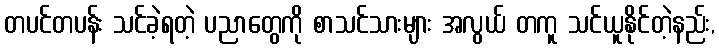
တပင်တပန်း သင်ခဲ့ရတဲ့ ပညာတွေကို စာသင်သားများ အလွယ် တကူ သင်ယူနိုင်တဲ့နည်း,